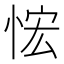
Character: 𰑤